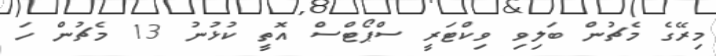
މިރޭގެ މެޗުން ބަލިވި ވިކްޓަރީ ސްޕޯޓްސް އޮތީ ކުޅުނު 13 މެޗުން ހަ